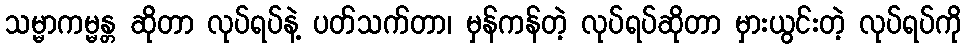
သမ္မာကမ္မန္တ ဆိုတာ လုပ်ရပ်နဲ့ ပတ်သက်တာ၊ မှန်ကန်တဲ့ လုပ်ရပ်ဆိုတာ မှားယွင်းတဲ့ လုပ်ရပ်ကို